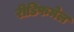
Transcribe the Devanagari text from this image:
रीडिफमेल